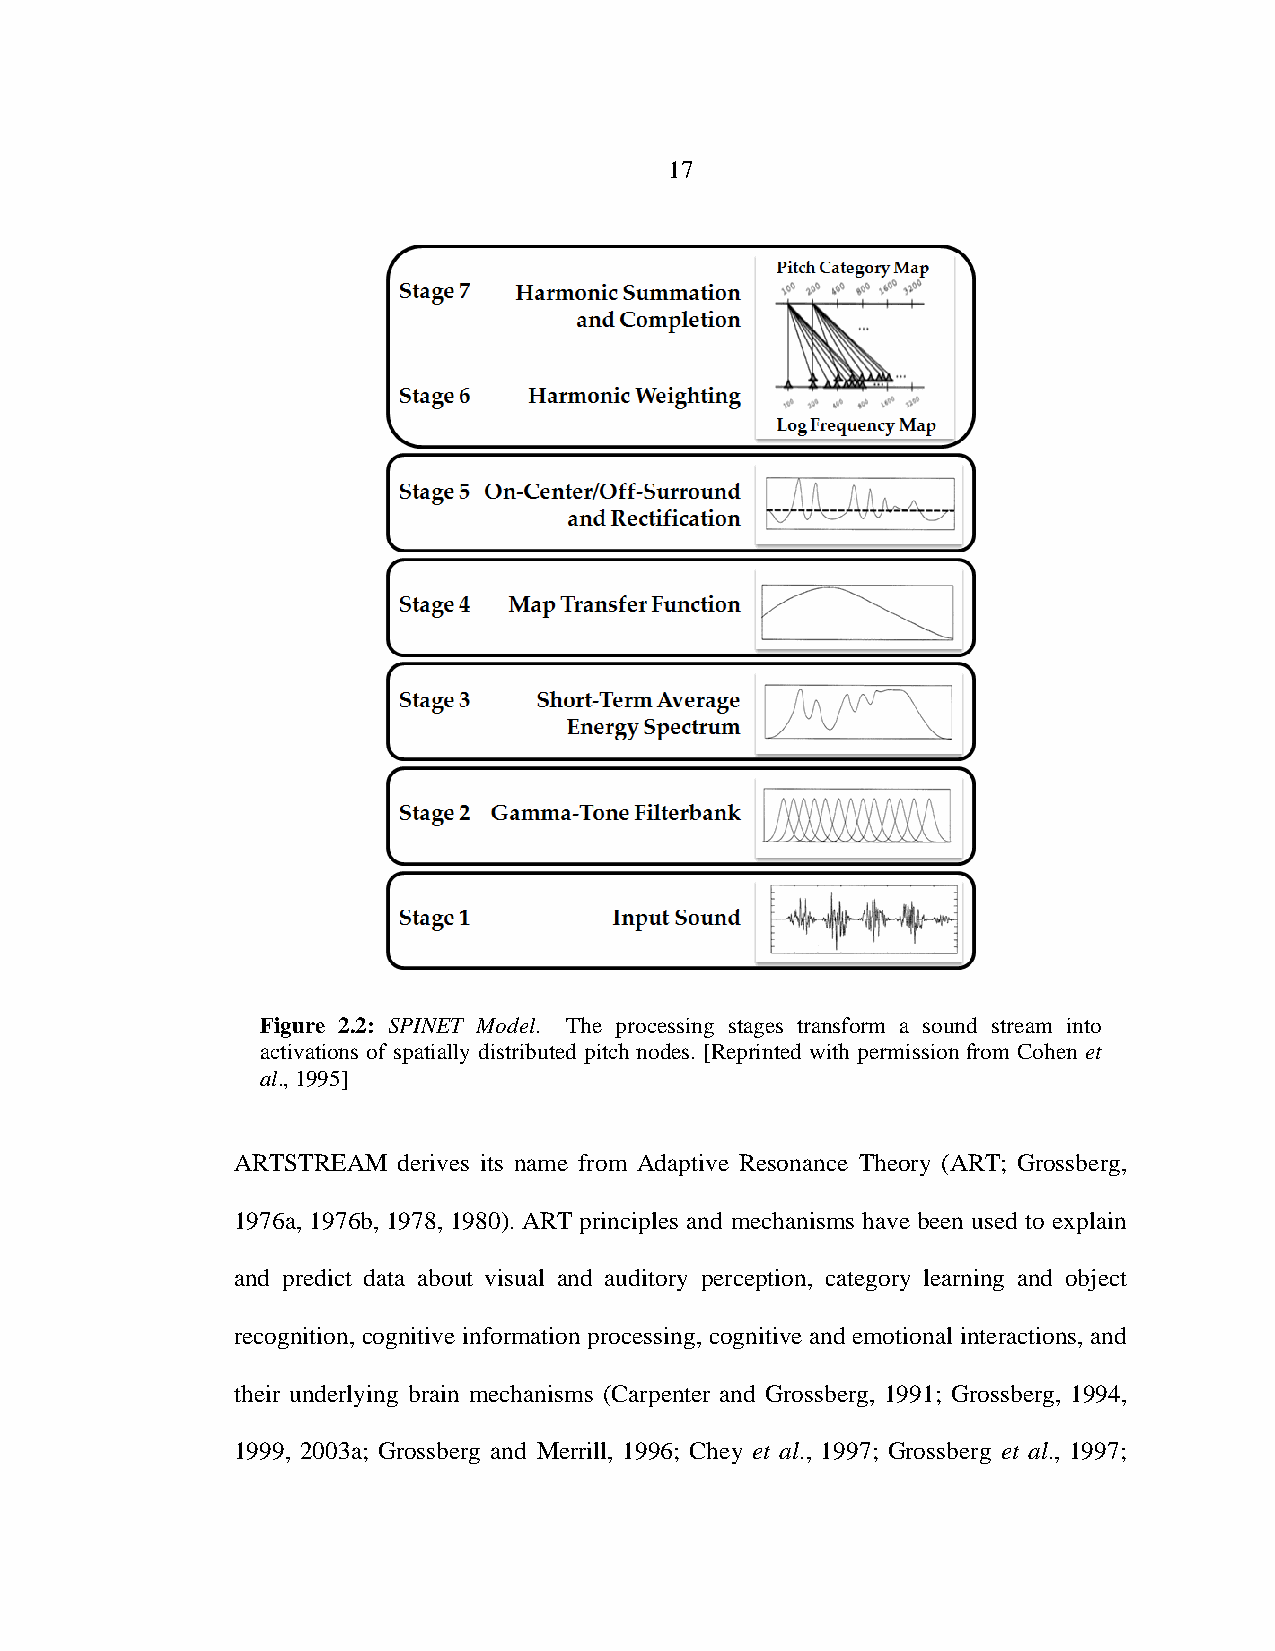
17
 Figure 2.2: SPINET Model. The processing stages transform a sound stream into
 activations of spatially distributed pitch nodes. [Reprinted with permission from Cohen et
 al., 1995]
 ARTSTREAM derives its name from Adaptive Resonance Theory (ART; Grossberg,
 1976a, 1976b, 1978, 1980). ART principles and mechanisms have been used to explain
 and predict data about visual and auditory perception, category learning and object
 recognition, cognitive information processing, cognitive and emotional interactions, and
 their underlying brain mechanisms (Carpenter and Grossberg, 1991; Grossberg, 1994,
 1999, 2003a; Grossberg and Merrill, 1996; Chey et al., 1997; Grossberg et al., 1997;